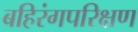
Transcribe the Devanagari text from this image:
बहिरंगपरिक्षण